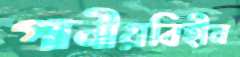
পানীয়বিহীন